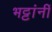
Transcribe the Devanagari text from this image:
भट्टांनीं